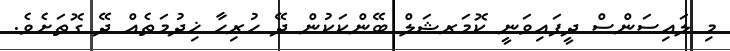
މި ލައިސަންސް ދީފައިވަނީ ކޮމަރޝަލް ބޭންކަކުން ދޭ ހުރިހާ ޚިދުމަތެއް ދޭ ގޮތަށެވެ.